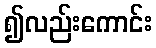
၍လည်းကောင်း